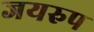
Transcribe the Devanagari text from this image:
जयरुप